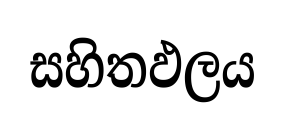
සහිතඵලය